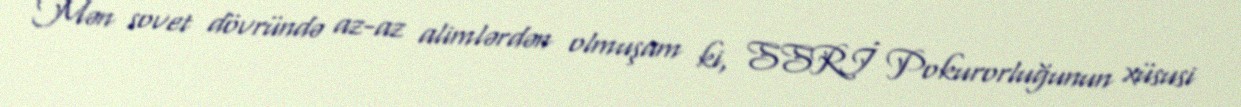
Mən sovet dövründə az-az alimlərdən olmuşam ki, SSRİ Pokurorluğunun xüsusi